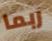
ربما